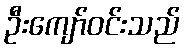
ဦးကျော်ဝင်းသည်